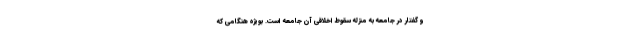
و گفتار در جامعه به منزله سقوط اخلاقی آن جامعه است. بویژه هنگامی که